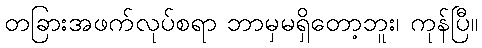
တခြားအဖက်လုပ်စရာ ဘာမှမရှိတော့ဘူး၊ ကုန်ပြီ။